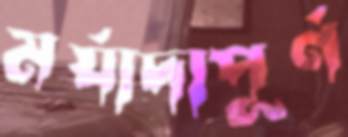
মর্যাদাপূর্ণ